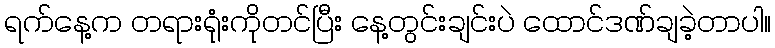
ရက်နေ့က တရားရုံးကိုတင်ပြီး နေ့တွင်းချင်းပဲ ထောင်ဒဏ်ချခဲ့တာပါ။